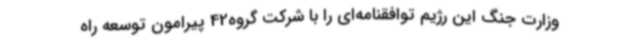
وزارت جنگ این رژیم توافقنامه‌ای را با شرکت گروه42 پیرامون توسعه راه